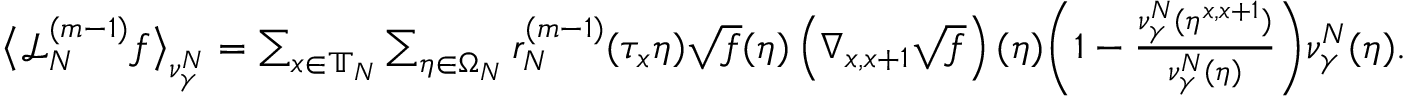
\begin{array} { r } { \big \langle \mathcal { L } _ { N } ^ { ( m - 1 ) } f \big \rangle _ { \nu _ { \gamma } ^ { N } } = \sum _ { x \in \mathbb { T } _ { N } } \sum _ { \eta \in \Omega _ { N } } r _ { N } ^ { ( m - 1 ) } ( \tau _ { x } \eta ) \sqrt { f } ( \eta ) \left( \nabla _ { x , x + 1 } \sqrt { f } \right) ( \eta ) \bigg ( 1 - \frac { \nu _ { \gamma } ^ { N } ( \eta ^ { x , x + 1 } ) } { \nu _ { \gamma } ^ { N } ( \eta ) } \bigg ) \nu _ { \gamma } ^ { N } ( \eta ) . } \end{array}